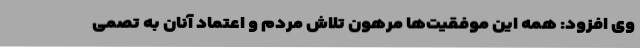
وی افزود: همه این موفقیت‌ها مرهون تلاش مردم و اعتماد آنان به تصمی